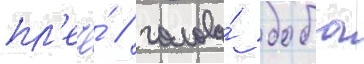
пл'ече́ / голова́ боба